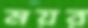
ময়র